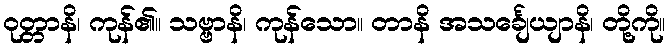
ဝုတ္တာနိ၊ ကုန်၏။ သဗ္ဗာနိ၊ ကုန်သော။ တာနိ အသင်္ချေယျာနိ၊ တို့ကို။